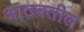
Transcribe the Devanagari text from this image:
आठवतील